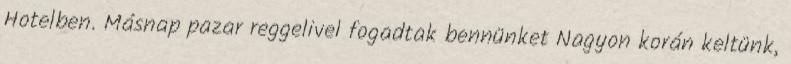
Hotelben. Másnap pazar reggelivel fogadtak bennünket Nagyon korán keltünk,